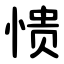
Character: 愦